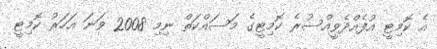
އެ ކޮމިޓީ އުފެއްދެވީއްސުރެ ކޮމިޓީގެ މަސައްކަތް ނިމި 2008 ވަނަ އަހަރު ކޮމިޓީ